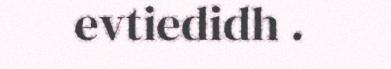
evtiedidh .